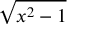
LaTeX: \sqrt { x ^ { 2 } - 1 }